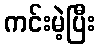
ကင်းမဲ့ပြီး